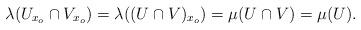
LaTeX: \begin{align*}\lambda(U_{x_o} \cap V_{x_o}) = \lambda((U \cap V)_{x_o}) = \mu(U \cap V) = \mu(U).\end{align*}